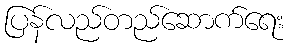
ပြန်လည်တည်ဆောက်ရေး